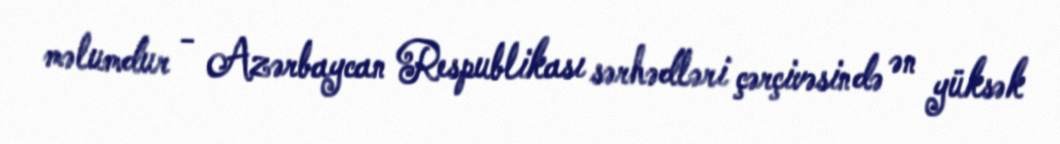
məlumdur - Azərbaycan Respublikası sərhədləri çərçivəsində ən yüksək